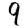
Digit: 9